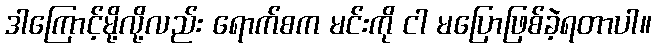
ဒါကြောင့်မို့လို့လည်း ရောက်စက မင်းကို ငါ မပြောဖြစ်ခဲ့ရတာပါ။